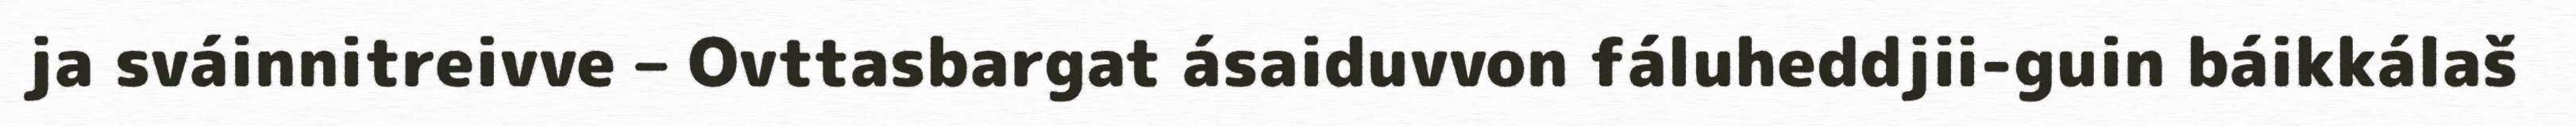
ja sváinnitreivve – Ovttasbargat ásaiduvvon fáluheddjii-guin báikkálaš